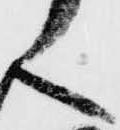
く